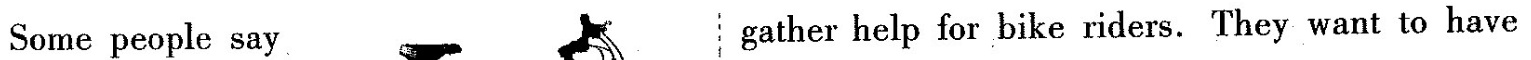
Some people say gather help for bike riders. They want to have